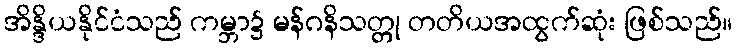
အိန္ဒိယနိုင်ငံသည် ကမ္ဘာ၌ မန်ဂနိသတ္တု တတိယအထွက်ဆုံး ဖြစ်သည်။